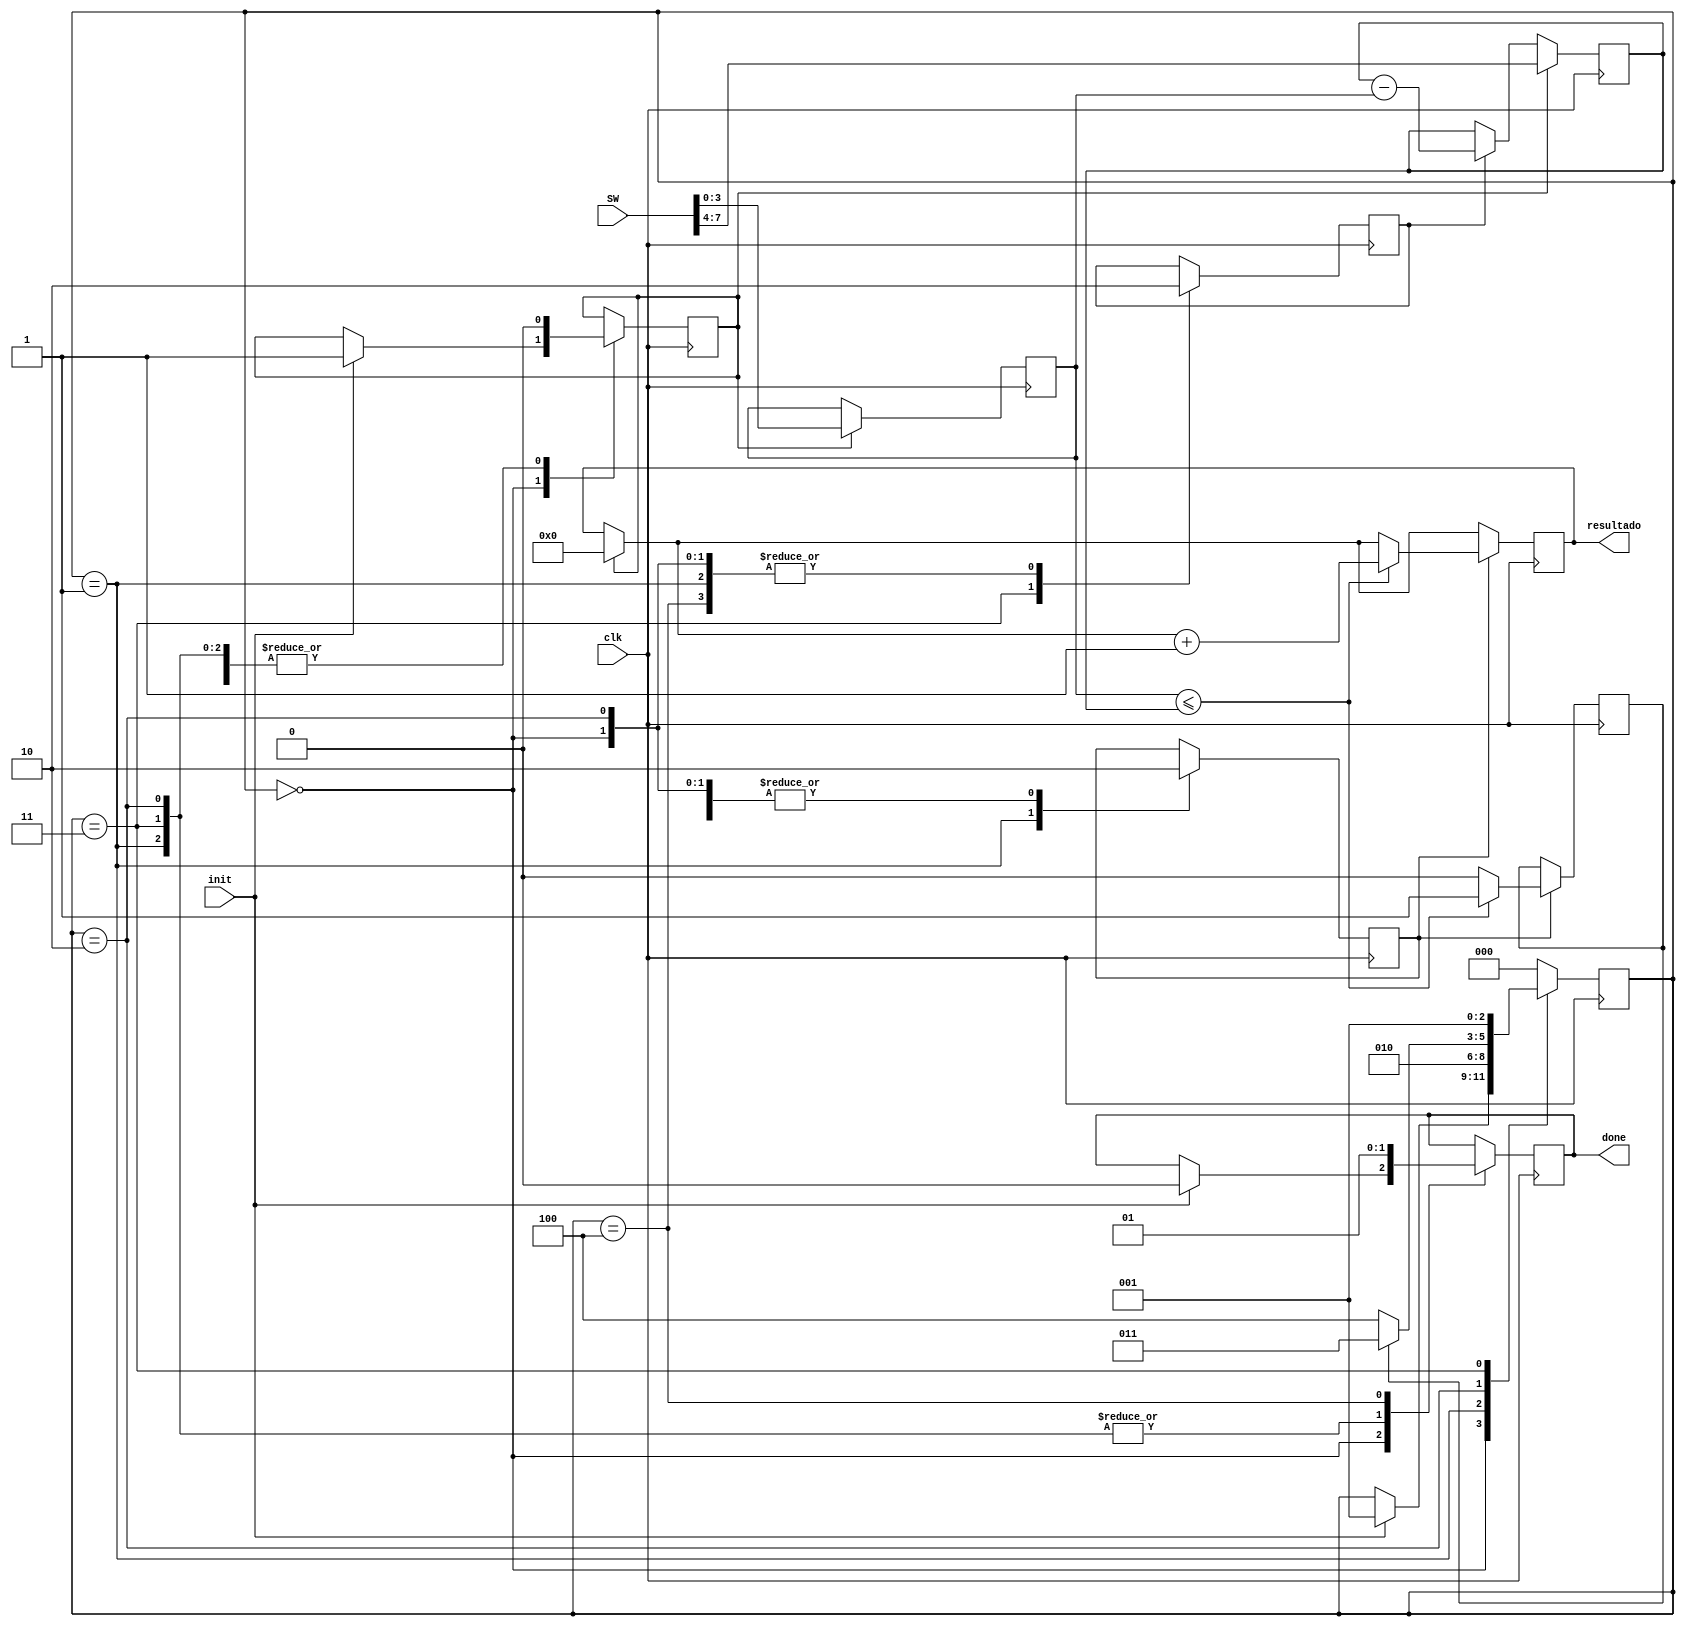
module divisor(SW, clk, init, resultado, done);
input [7:0] SW;
input clk;
input init;
output reg [3:0] resultado;
output reg done = 0;
reg [3:0] A = 0;
reg [3:0] B = 0;
reg resta = 0;
reg condicional = 0;
reg reset = 0;
reg continuar = 0;
reg [2:0] status = 0;
parameter START = 'b00, CONDICIONAL = 'b01, CONDICIONAL2 = 'b10, RESTA = 'b11, END = 'b100;

always @(posedge clk)begin
	if(reset) begin
		A = SW[7:4];
		B = SW[3:0];
	end else if (resta) begin
			A = A - B;
	end
end

always @(posedge clk)begin
	if (reset)begin
		resultado = 0;
	end
	if (condicional) begin
		if (B <= A)begin
			continuar = 1;
			resultado = resultado + 1;
		end else begin
			continuar = 0;
		end
	end
end

always @(posedge clk) begin
	case(status)
		START: begin
			resta = 0;
			condicional = 0;
			if(init == 1) begin
				done = 0;
				reset = 1;
				status = CONDICIONAL;
			end
		end
		CONDICIONAL: begin
			resta = 0;
			condicional = 1;
			done = 0;
			reset = 0;
			status = CONDICIONAL2;
		end
		CONDICIONAL2 : begin
			resta = 0;
			condicional = 0;
			done = 0;
			reset = 0;
			if (continuar == 1)begin
				status = RESTA;
			end else begin
				status = END;
			end
		end
		RESTA: begin
			resta = 1;
			condicional = 0;
			done = 0;
			reset = 0;
			status = CONDICIONAL;
		end
		END: begin
			resta = 0;
			condicional = 0;
			done = 1;
			reset = 0;
			status = START;			
		end
		default: status = START;
	endcase
end

endmodule